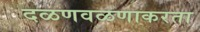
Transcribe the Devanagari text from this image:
दळणवळणाकरता